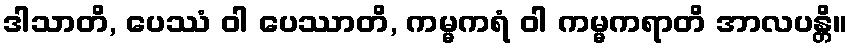
ဒါသာတိ, ပေဿံ ဝါ ပေဿာတိ, ကမ္မကရံ ဝါ ကမ္မကရာတိ အာလပန္တိ။